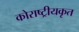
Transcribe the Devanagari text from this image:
कोराष्ट्रीयकृत